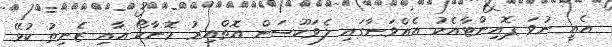
އެއީ ނުވަ ޕޮއިންޓާއެކު އެއްވަނާގައި ލެވަކޫސަން އޮތްއިރު މޮނާކޯ އާއި ޒެނިތު ކުޅޭ